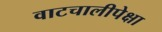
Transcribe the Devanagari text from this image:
वाटचालीपेक्षा